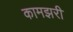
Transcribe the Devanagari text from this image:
कामझरी